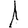
Digit: 1